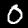
Label: 0